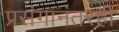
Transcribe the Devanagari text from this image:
प्रसंगानंतरही